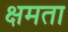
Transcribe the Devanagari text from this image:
क्षमता